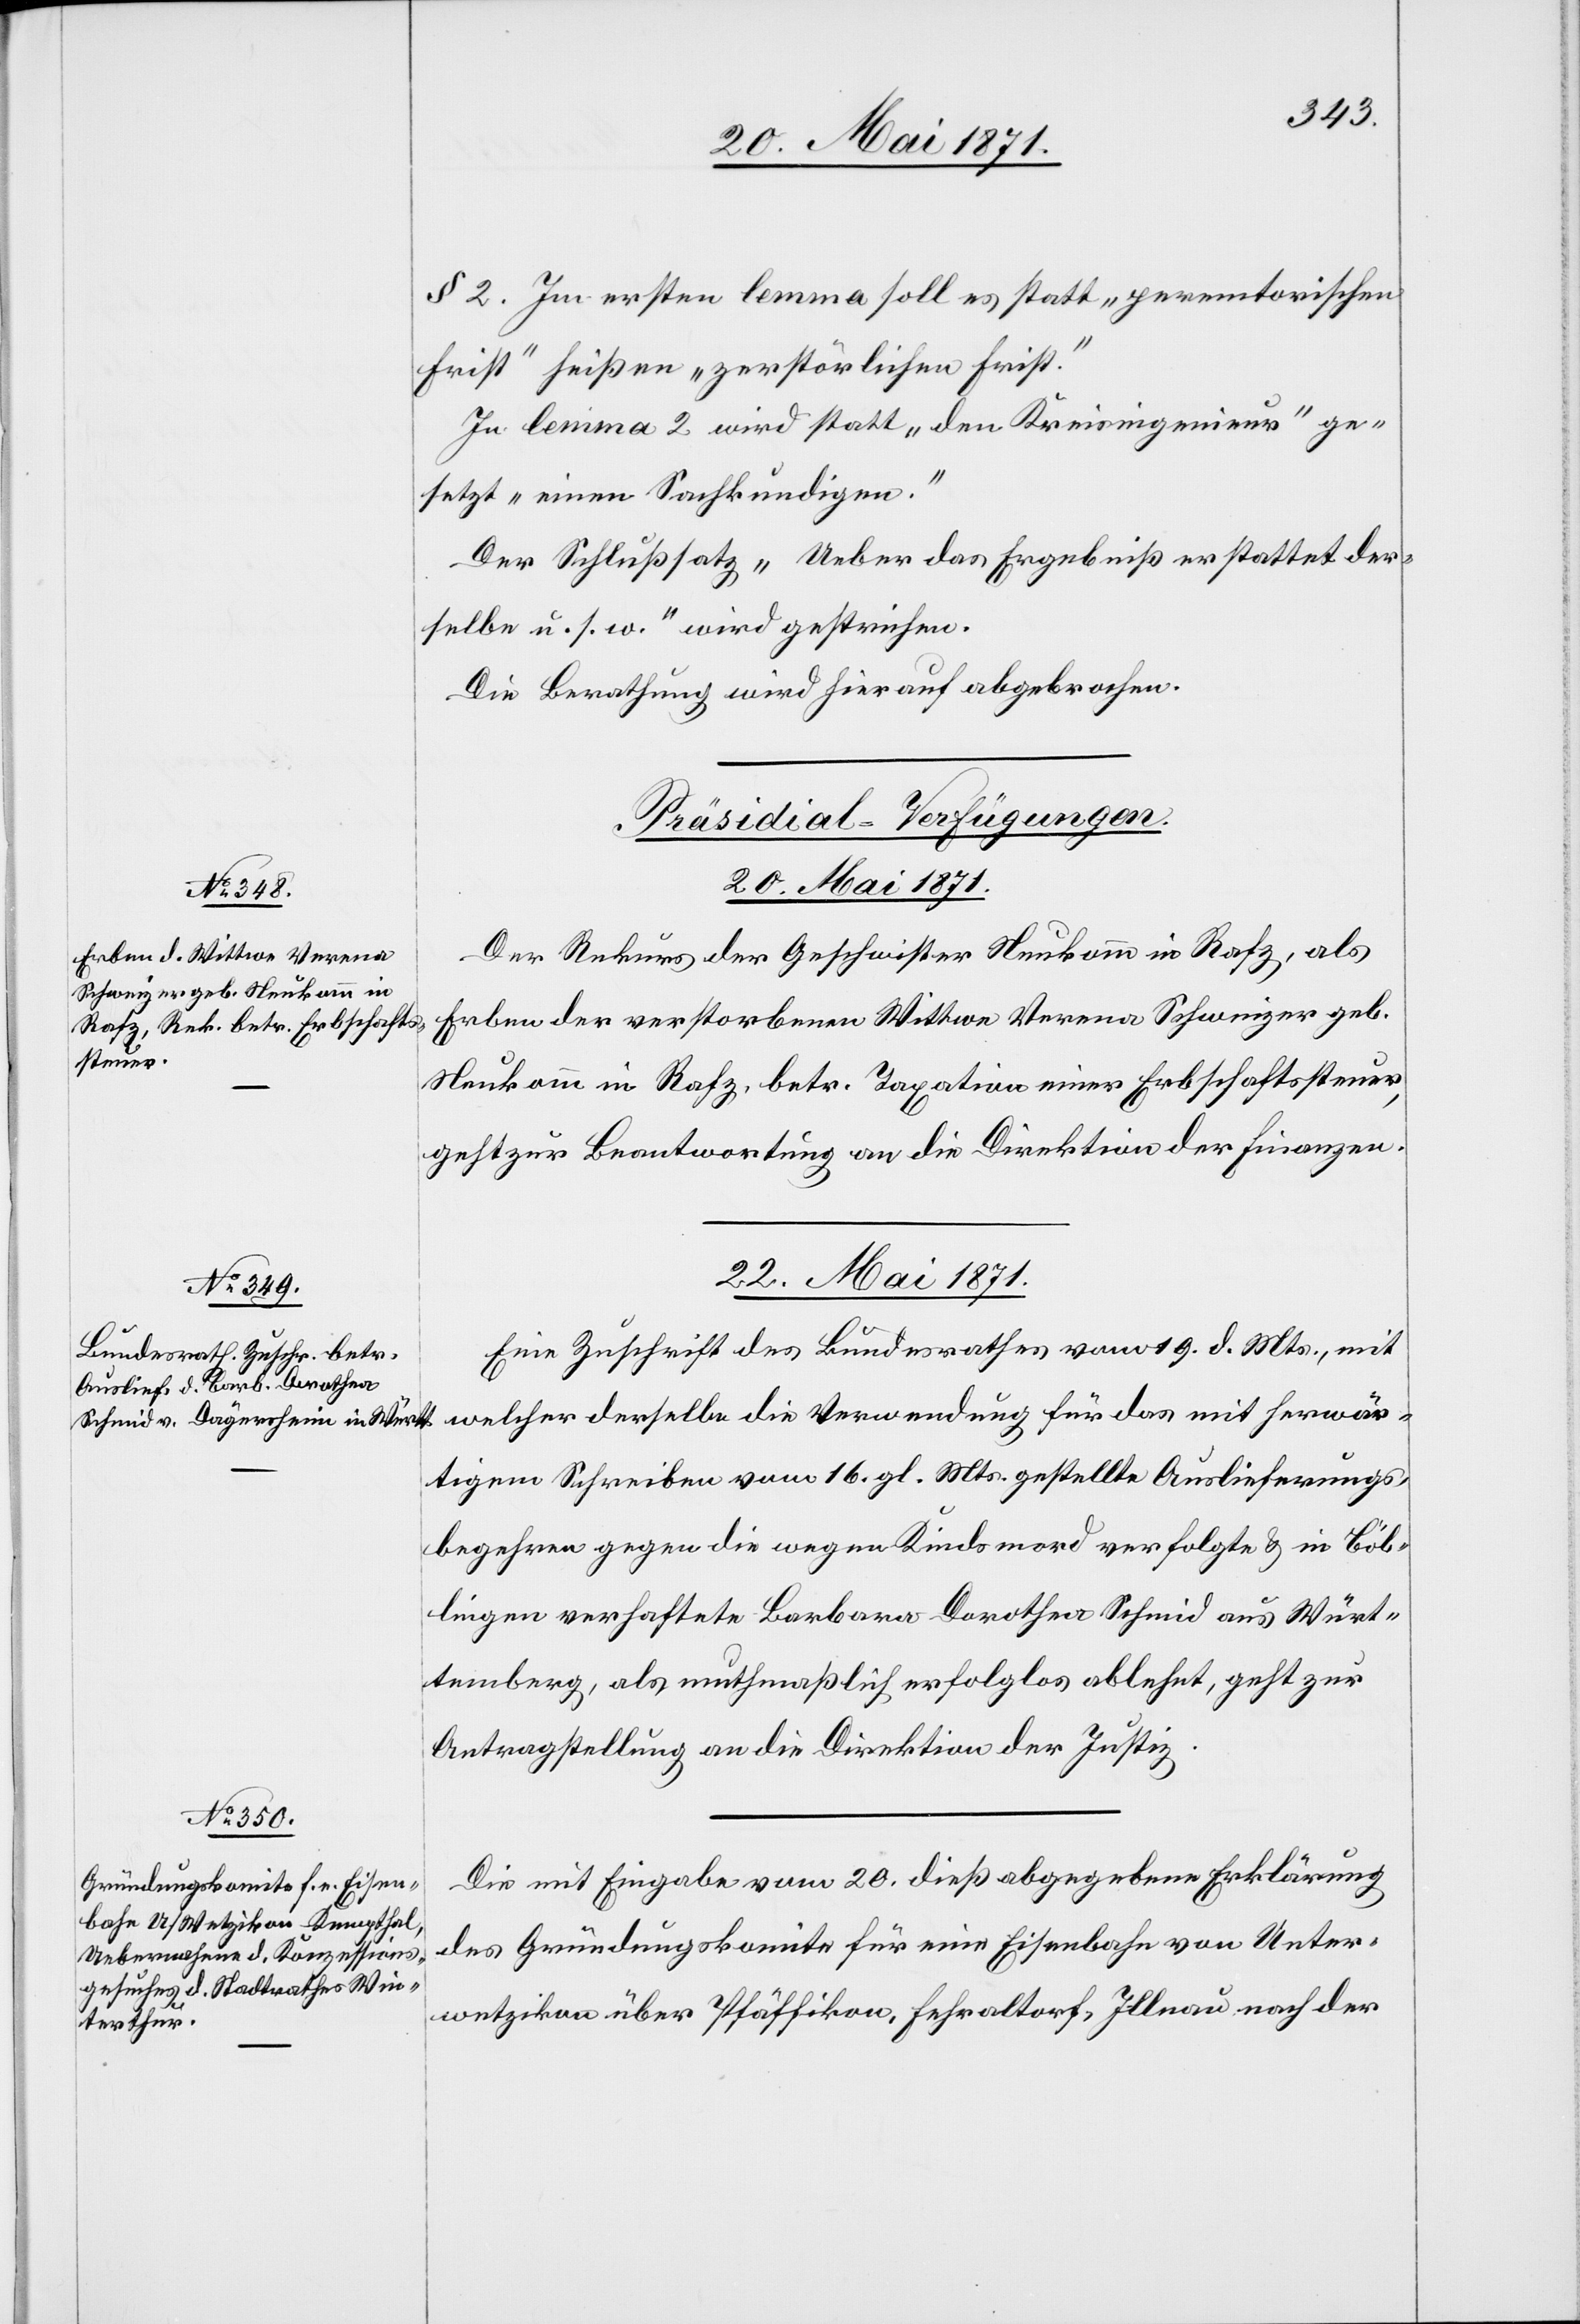
22. Mai 1871.]
§ 2. Im ersten lemma soll es statt „peremtorischen
Frist“ heißen „zerstörlichen Frist.“
In lemma 2 wird statt „den Kreisingenieur“ ge¬
setzt „einen Sachkundigen.“
Der Schlußsatz „Ueber das Ergebniß erstattet der¬
selbe u. s. w.“ wird gestrichen.
Die Berathung wird hierauf abgebrochen.
[Präsidial-Verfügungen
Der Rekurs der Geschwister Neukomm in Rafz, als
Erben der verstorbenen Wittwe Verena Schweizer geb.
Neukomm in Rafz, betr. Taxation einer Erbschaftssteuer,
geht zur Beantwortung an die Direktion der Finanzen.
22. Mai 1871.
Eine Zuschrift des Bundesrathes vom 19. d. Mts., mit
welcher derselbe die Verwendung für das mit herwär¬
tigem Schreiben vom 16. gl. Mts. gestellte Auslieferungs¬
begehren gegen die wegen Kindsmord verfolgte u. in Böb¬
lingen verhaftete Barbara Dorothea Schmid aus Würt¬
temberg, als muthmaßlich erfolglos ablehnt, geht zur
Antragstellung an die Direktion der Justiz.
Die mit Eingabe vom 20. dieß abgegebene Erklärung
des Gründungskomite für eine Eisenbahn von Unter¬
wetzikon über Pfäffikon, Fehraltorf, Illnau nach der